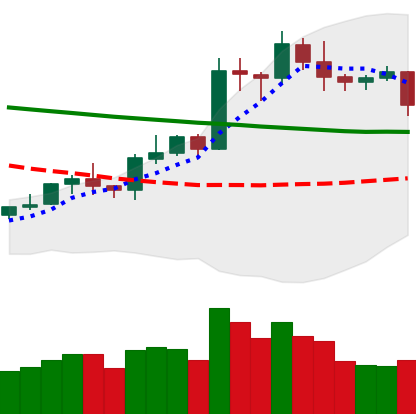
Ticker: LTC-USD
Chart end date: 2020-01-23
Forward return: 11.059%
Label: up_7plus